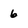
Character: 6